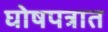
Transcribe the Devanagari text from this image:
घोषपत्रात